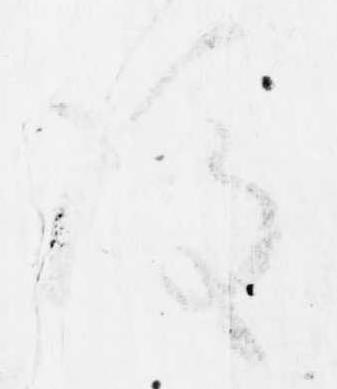
後